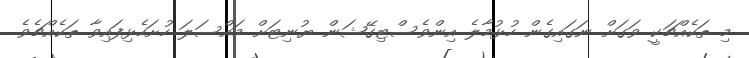
މި ތަކެއްޗަކީ ވަގަށް ނަގައިގެން ހުޅުމާލެ އިންވެސްޓިގޭޝަން ޔުނިޓަށް މައްސަލަ ހުށަހެޅިފައިވާ ތަކެއްޗެވެ.